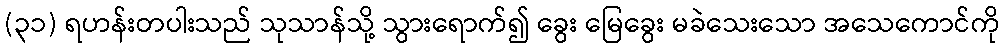
(၃၁) ရဟန်းတပါးသည် သုသာန်သို့ သွားရောက်၍ ခွေး မြေခွေး မခဲသေးသော အသေကောင်ကို